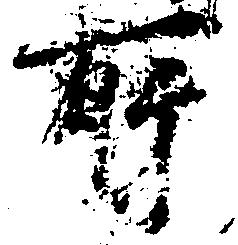
所